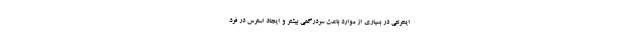
اینترنتی در بسیاری از موارد باعث سردرگمی بیشتر و ایجاد استرس در فرد